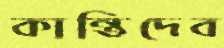
কান্তিদেব